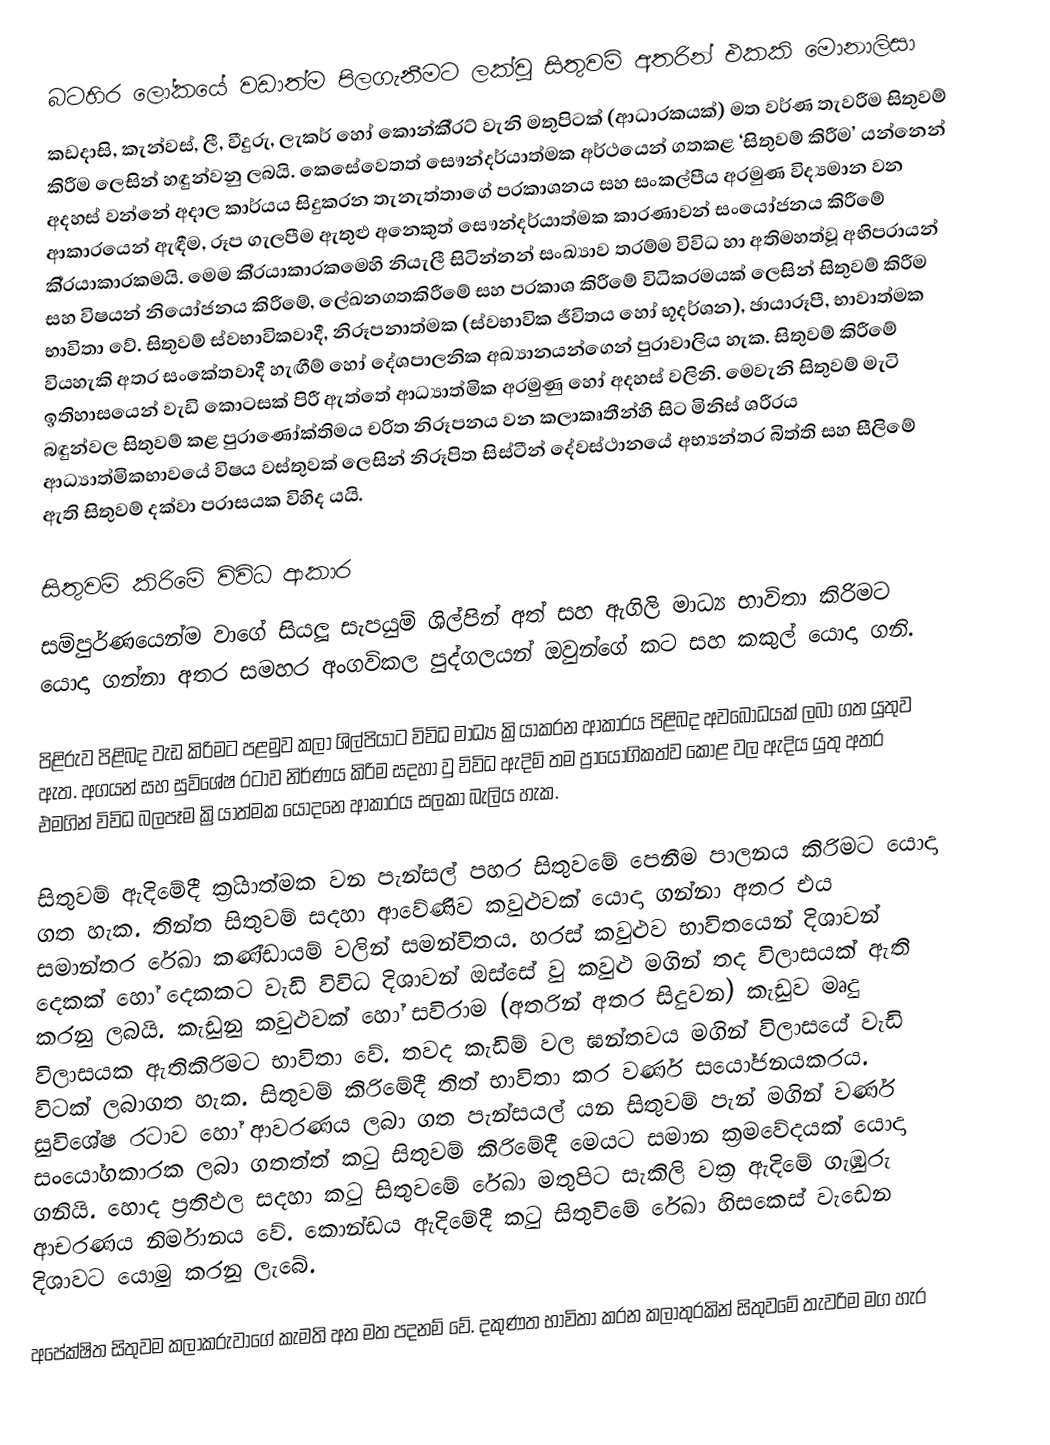
බටහිර ලෝකයේ වඩාත්ම පිලගැනීමට ලක්වූ සිතුවම් අතරින් එකකි මොනාලිසා
කඩදාසි, කැන්වස්, ලී, වීදුරු, ලැකර් හෝ කොන්කී‍්‍රට් වැනි මතුපිටක් (ආධාරකයක්) මත වර්ණ තැවරීම සිතුවම් කිරීම ලෙසින් හඳුන්වනු ලබයි. කෙසේවෙතත් සෞන්දර්යාත්මක අර්ථයෙන් ගතකළ ‘සිතුවම් කිරීම’ යන්නෙන් අදහස් වන්නේ අදාල කාර්යය සිදුකරන තැනැත්තාගේ ප‍්‍රකාශනය සහ සංකල්පීය අරමුණ විද්‍යමාන වන ආකාරයෙන් ඇඳීම, රූප ගැලපීම ඇතුළු අනෙකුත් සෞන්දර්යාත්මක කාරණාවන් සංයෝජනය කිරීමේ කි‍්‍රයාකාරකමයි. මෙම කි‍්‍රයාකාරකමෙහි නියැලී සිටින්නන් සංඛ්‍යාව තරම්ම විවිධ හා අතිමහත්වූ අභිප‍්‍රායන් සහ විෂයන් නියෝජනය කිරීමේ, ලේඛනගතකිරීමේ සහ ප‍්‍රකාශ කිරීමේ විධික‍්‍රමයක් ලෙසින් සිතුවම් කිරීම භාවිතා වේ. සිතුවම් ස්වභාවිකවාදී, නිරූපනාත්මක (ස්වභාවික ජීවිතය හෝ භූදර්ශන), ඡායාරූපී, භාවාත්මක වියහැකි අතර සංකේතවාදී හැඟීම් හෝ දේශපාලනික අඛ්‍යානයන්ගෙන් පුරාවාලිය හැක. සිතුවම් කිරීමේ ඉතිහාසයෙන් වැඩි කොටසක් පිරී ඇත්තේ ආධ්‍යාත්මික අරමුණු හෝ අදහස් වලිනි. මෙවැනි සිතුවම් මැටි බඳුන්වල සිතුවම් කළ පුරාණෝක්තිමය චරිත නිරූපනය වන කලාකෘතීන්හි සිට මිනිස් ශරීරය ආධ්‍යාත්මිකභාවයේ විෂය වස්තුවක් ලෙසින් නිරූපිත සිස්ටීන් දේවස්ථානයේ අභ්‍යන්තර බිත්ති සහ සීලිමේ ඇති සිතුවම් දක්වා පරාසයක විහිද යයි.

සිතුවම් කිරිමේ විවිධ ආකාර
සම්පුර්ණයෙන්ම වාගේ සියලූ සැපයුම් ශිල්පින් අත් සහ ඇගිලි මාධ්‍ය භාවිතා කිරිමට යොදා ගන්නා අතර සමහර අංගවිකල පුද්ගලයන් ඔවුන්ගේ කට සහ කකුල් යොදා ගනි.

	පිළිරුව පිළිබද වැඩ කිරිමට පළමුව කලා ශිල්පියාට විවිධ මාධ්‍ය ක්‍රියාකරන ආකාරය පිළිබද අවබෝධයක් ලබා ගත යුතුව ඇත. අගයන් සහ සුවිශේෂ රටාව නිර්ණය කිරිම සදහා වු විවිධ ඇදිම් තම ප්‍රායෝගිකත්ව කොළ වල ඇදිය යුතු අතර එමගින් විවිධ බලපෑම ක්‍රියාත්මක යොදනෙ ආකාරය සලකා බැලිය හැක.

	සිතුවම් ඇදිමේදී ක‍්‍රියාත්මක වන පැන්සල් පහර සිතුවමේ පෙනීම පාලනය කිරිමට යොදා ගත හැක. තින්ත සිතුවම් සදහා ආවේණිව කවුළුවක් යොදා ගන්නා අතර එය සමාන්තර රේඛා කණ්ඩායම් වලින් සමන්විතය. හරස් කවුළුව භාවිතයෙන් දිශාවන් දෙකක් හෝ දෙකකට වැඩි විවිධ දිශාවන් ඔස්සේ වු කවුළු මගින් තද විලාසයක් ඇති කරනු ලබයි. කැඩුනු කවුළුවක් හෝ සවිරාම (අතරින් අතර සිදුවන) කැඩුව මෘදු විලාසයක ඇතිකිරිමට භාවිතා වේ. තවද කැඩිම් වල ඝන්තවය මගින් විලාසයේ  වැඩි විටක් ලබාගත හැක. සිතුවම් කිරිමේදී තිත් භාවිතා කර වර්ණ සයෝජනයකරය. සුවිශේෂ රටාව හෝ ආවරණය ලබා ගත පැන්සයල් යන සිතුවම් පැන් මගින් වර්ණ සංයෝගකාරක ලබා ගතත්ත් කටු සිතුවම් කිරිමේදී මෙයට සමාන ක්‍රමවේදයක් යොදා ගනියි. හොද ප්‍රතිඵල සදහා කටු සිතුවමේ රේඛා මතුපිට සැකිලි වක්‍ර ඇදිමේ ගැඹුරු ආචරණය නිර්මානය වේ. කොන්ඩය ඇදිමේදී කටු සිතුවිමේ රේඛා හිසකෙස් වැඩෙන දිශාවට යොමු කරනු ලැබේ.

	අපේක්ෂිත සිතුවම කලාකරුවාගේ කැමති අත මත පදනම් වේ. දකුණත භාවිතා කරන කලාතුරකින් සිතුවමේ තැවරිම මග හැර